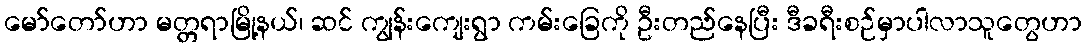
မော်တော်ဟာ မတ္တရာမြို့နယ်၊ ဆင် ကျွန်းကျေးရွာ ကမ်းခြေကို ဦးတည်နေပြီး ဒီခရီးစဉ်မှာပါလာသူတွေဟာ